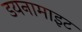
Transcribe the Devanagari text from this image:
डयनामाइट